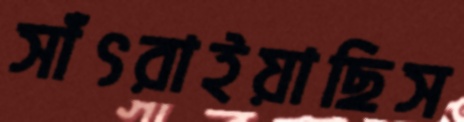
সাঁৎরাইয়াছিস